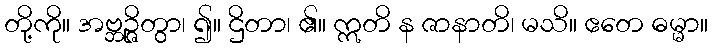
တို့ကို။ အဗ္ဘဉ္ဇိတွာ၊ ၍။ ဌိတာ၊ ၏။ ဣတိ န ဇာနာတိ၊ မသိ။ ဧတေ ဓမ္မာ။